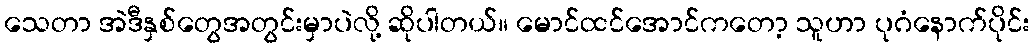
သေတာ အဲဒီနှစ်တွေအတွင်းမှာပဲလို့ ဆိုပါတယ်။ မောင်ထင်အောင်ကတော့ သူဟာ ပုဂံနောက်ပိုင်း